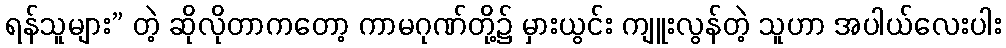
ရန်သူများ” တဲ့ ဆိုလိုတာကတော့ ကာမဂုဏ်တို့၌ မှားယွင်း ကျူးလွန်တဲ့ သူဟာ အပါယ်လေးပါး